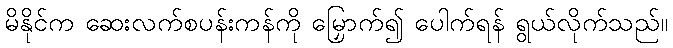
မိနိုင်က ဆေးလက်စပန်းကန်ကို မြှောက်၍ ပေါက်ရန် ရွယ်လိုက်သည်။